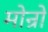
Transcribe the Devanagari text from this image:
मोन्रो